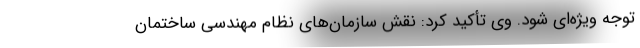
توجه ویژه‌ای شود. وی تأکید کرد: نقش سازمان‌های نظام مهندسی ساختمان